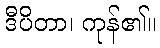
ဒီပိတာ၊ ကုန်၏။